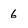
Character: 6